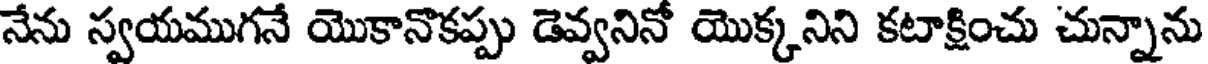
నేను స్వయముగనే యొకానొకప్పు డెవ్వనినో యొక్కనిని కటాక్షించు చున్నాను